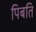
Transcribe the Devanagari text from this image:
पिबति